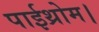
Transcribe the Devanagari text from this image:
पाईथ्रोम।